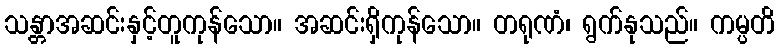
သန္တာအဆင်းနှင့်တူကုန်သော။ အဆင်းရှိကုန်သော။ တရုဏံ၊ ရွက်နုသည်။ ကမ္ပတိ